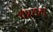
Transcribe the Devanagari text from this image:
वश्तग